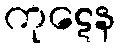
ကုဋေန